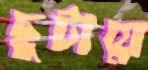
ছুটায়ে